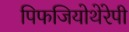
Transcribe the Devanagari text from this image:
पिफजियोथेरेपी